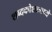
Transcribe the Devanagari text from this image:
शब्दकोशामध्ये